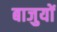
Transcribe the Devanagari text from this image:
बाजुयों